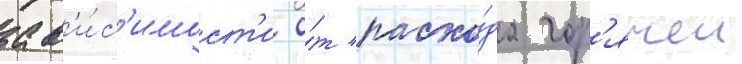
зав'и́с'имост'и о́т расхо́да гор'ячеи